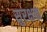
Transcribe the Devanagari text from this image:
सुरक्षक